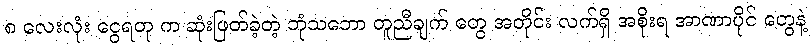
၈ လေးလုံး ငွေရတု က ဆုံးဖြတ်ခဲ့တဲ့ ဘုံသဘော တူညီချက် တွေ အတိုင်း လက်ရှိ အစိုးရ အာဏာပိုင် တွေနဲ့